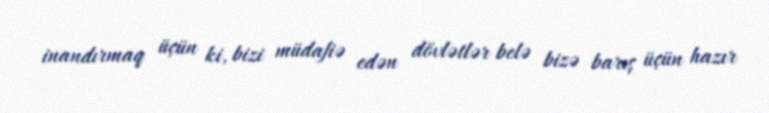
inandırmaq üçün ki, bizi müdafiə edən dövlətlər belə bizə barış üçün hazır